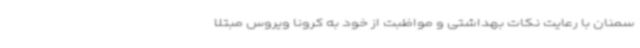
سمنان با رعایت نکات بهداشتی و مواظبت از خود به کرونا ویروس مبتلا